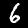
Digit: 6